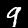
Label: 9